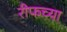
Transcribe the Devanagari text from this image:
रीफच्या